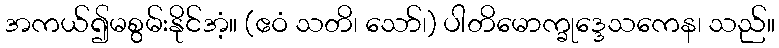
အကယ်၍မစွမ်းနိုင်အံ့။ (ဧဝံ သတိ၊ သော်၊) ပါတိမောက္ခုဒ္ဒေသကေန၊ သည်။